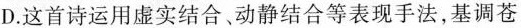
D.这首诗运用虚实结合、动静结合等表现手法，基调苍